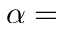
\alpha =